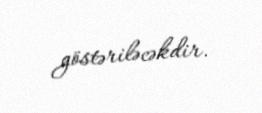
göstəriləcəkdir.